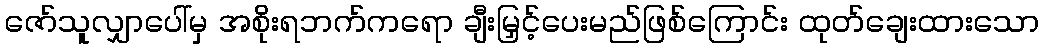
ဇော်သူလျှာပေါ်မှ အစိုးရဘက်ကရော ချီးမြှင့်ပေးမည်ဖြစ်ကြောင်း ထုတ်ချေးထားသော